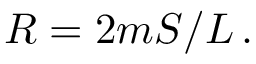
R = 2 m S / L \, .